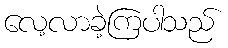
လေ့လာခဲ့ကြပါသည်